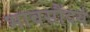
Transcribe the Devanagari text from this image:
भावसौंदर्य